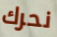
نحرك